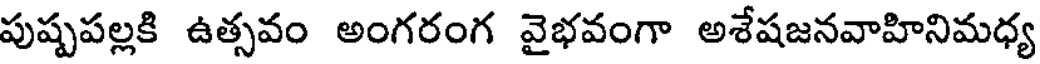
పుష్పపల్లకి ఉత్సవం అంగరంగ వైభవంగా అశేషజనవాహినిమధ్య